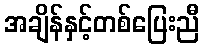
အချိန်နှင့်တစ်ပြေးညီ